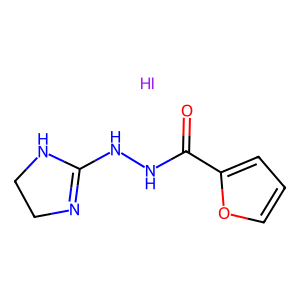
SMILES: I.O=C(NNC1=NCCN1)c1ccco1
Inhibits HIV replication: No